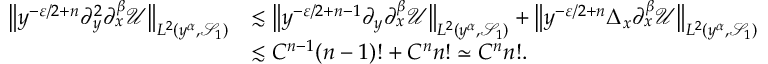
\begin{array} { r l } { \big \| { y ^ { - \varepsilon / 2 + n } \partial _ { y } ^ { 2 } \partial _ { x } ^ { \beta } \mathcal { U } } \big \| _ { L ^ { 2 } ( y ^ { \alpha } , \mathscr { S } _ { 1 } ) } } & { \lesssim \big \| { y ^ { - \varepsilon / 2 + n - 1 } \partial _ { y } \partial _ { x } ^ { \beta } \mathcal { U } } \big \| _ { L ^ { 2 } ( y ^ { \alpha } , \mathscr { S } _ { 1 } ) } + \big \| { y ^ { - \varepsilon / 2 + n } \Delta _ { x } \partial _ { x } ^ { \beta } \mathcal { U } } \big \| _ { L ^ { 2 } ( y ^ { \alpha } , \mathscr { S } _ { 1 } ) } } \\ & { \lesssim C ^ { n - 1 } ( n - 1 ) ! + C ^ { n } n ! \simeq C ^ { n } n ! . } \end{array}